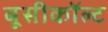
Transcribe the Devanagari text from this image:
बूसीकॉल्ट